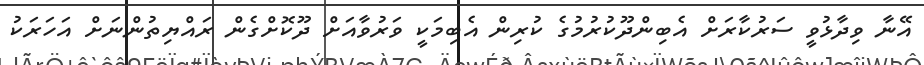
އޭނާ ވިދާޅުވީ ސަރުކާރަށް އެބިންދޫކުރުމުގެ ކުރިން އެބިމަކީ ވަރުވާއަށް ދޫކޮށްގެން ރައްޔިތުންނަށް އަހަރަކު